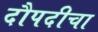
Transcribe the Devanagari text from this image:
दौपदीचा